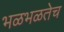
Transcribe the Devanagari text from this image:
भळभळतेच